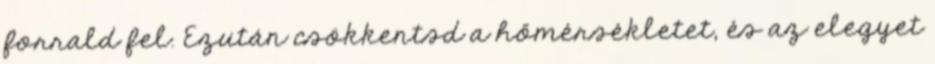
forrald fel. Ezután csökkentsd a hőmérsékletet, és az elegyet